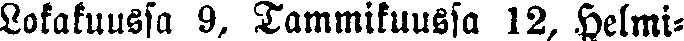
Lokakuussa 9, Tammikuussa 12, Helmi-